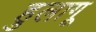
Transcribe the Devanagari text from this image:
हुलागू